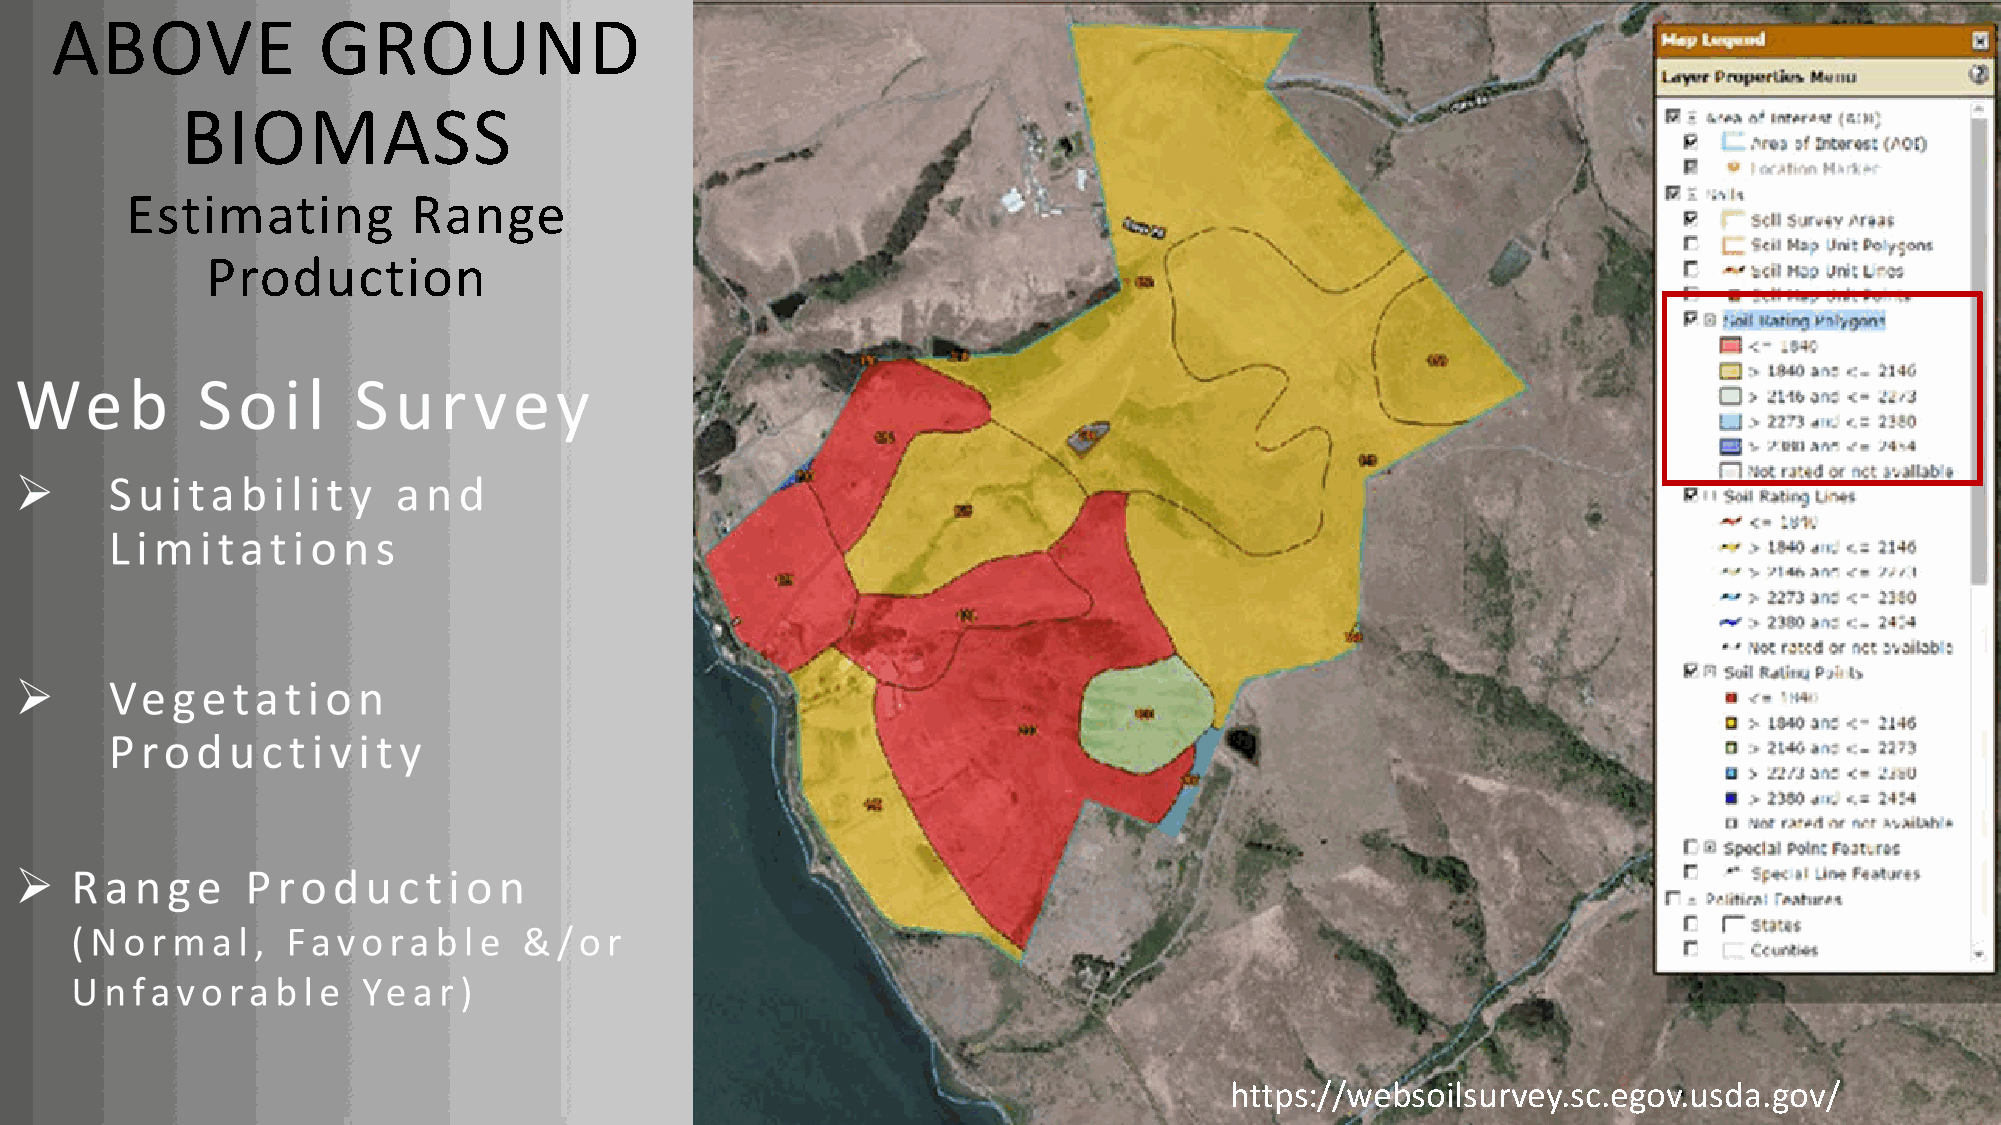
ABOVE             GROUND
 BIOMASS
 Estimating         Range
 Production
 https://websoilsurvey.sc.egov.usda.gov/          21